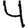
Digit: 4